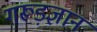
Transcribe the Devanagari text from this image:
गरूड़ज्ञान